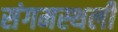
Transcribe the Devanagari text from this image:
संगमस्थली